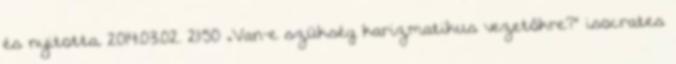
és nyitotta. 2014.03.02. 21:50 „Van-e szükség karizmatikus vezetőkre?” isocrates